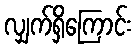
လျှက်ရှိကြောင်း